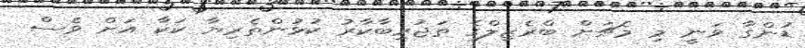
ޑުންގާ ވަނީ މި މެޗަށް ބްރެޒިލްގެ ތަޖުރިބާކާރު ކުޅުންތެރިޔާ ކަކާ އަށް ވެސް